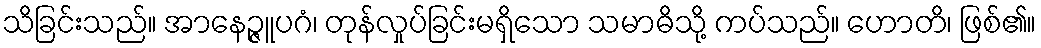
သိခြင်းသည်။ အာနေဉ္ဇူပဂံ၊ တုန်လှုပ်ခြင်းမရှိသော သမာဓိသို့ ကပ်သည်။ ဟောတိ၊ ဖြစ်၏။